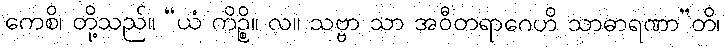
ကေစိ၊ တို့သည်။ “ယံ ကိဉ္စိ။ လ။ သဗ္ဗာ သာ အဝီတရာဂေဟိ သာဓာရဏာ”တိ၊